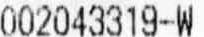
002043319-W